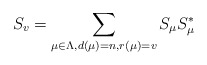
\begin{align*}S_v = \sum\limits_{\mu\in\Lambda, d(\mu) =n, r(\mu) = v} S_{\mu}S_{\mu}^*\end{align*}